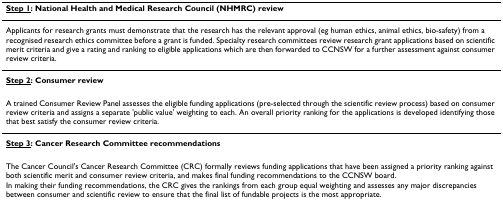
<table><thead><tr><td><b><underline>Step 1</underline>: National Health and Medical Research Council (NHMRC) review</b></td></tr></thead><tbody><tr><td>Applicants for research grants must demonstrate that the research has the relevant approval (eg human ethics, animal ethics, bio-safety) from a recognised research ethics committee before a grant is funded. Specialty research committees review research grant applications based on scientific merit criteria and give a rating and ranking to eligible applications which are then forwarded to CCNSW for a further assessment against consumer review criteria.</td></tr><tr><td><b><underline>Step 2</underline>: Consumer review</b></td></tr><tr><td>A trained Consumer Review Panel assesses the eligible funding applications (pre-selected through the scientific review process) based on consumer review criteria and assigns a separate &#x27;public value&#x27; weighting to each. An overall priority ranking for the applications is developed identifying those that best satisfy the consumer review criteria.</td></tr><tr><td><b><underline>Step 3</underline>: Cancer Research Committee recommendations</b></td></tr><tr><td>The Cancer Council&#x27;s Cancer Research Committee (CRC) formally reviews funding applications that have been assigned a priority ranking against both scientific merit and consumer review criteria, and makes final funding recommendations to the CCNSW board.</td></tr><tr><td>In making their funding recommendations, the CRC gives the rankings from each group equal weighting and assesses any major discrepancies between consumer and scientific review to ensure that the final list of fundable projects is the most appropriate.</td></tr></tbody></table>